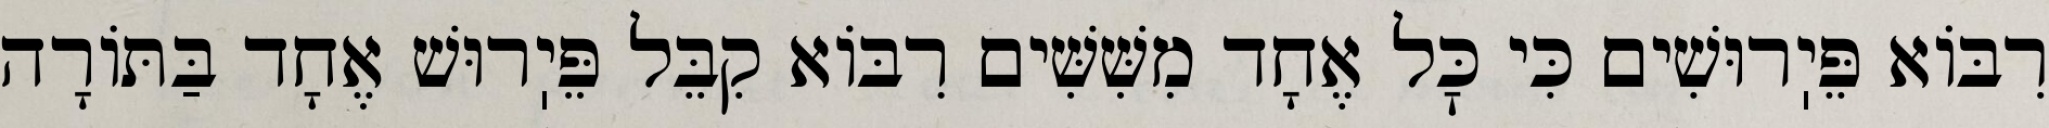
רִבּוֹא פֵּיֽרוּשִׁים כִּי כׇּל אֶחָד מִשִּׁשִּׁים רִבּוֹא קִבֵּל פֵּיֽרוּשׁ אֶחָד בַּתּוֹרָה